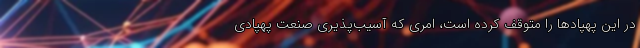
در این پهپاد‌ها را متوقف کرده است، امری که آسیب‌پذیری صنعت پهپادی